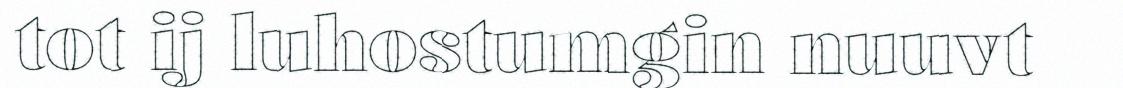
tot ij luhostumgin nuuvt